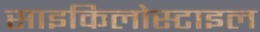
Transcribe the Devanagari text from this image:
साइकिलोस्टाइल